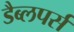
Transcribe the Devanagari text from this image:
डैब्लपर्स